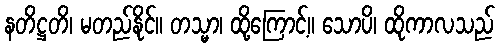
နတိဋ္ဌတိ၊ မတည်နိုင်။ တသ္မာ၊ ထို့ကြောင့်။ သောပိ၊ ထိုကာလသည်